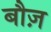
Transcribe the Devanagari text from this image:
बौज़